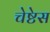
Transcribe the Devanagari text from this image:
चेष्टेस